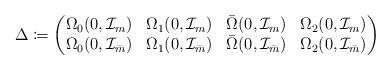
LaTeX: \begin{align*}\Delta \coloneqq \begin{pmatrix} \Omega_0 (0 , \mathcal{I}_m) & \Omega_1 (0 , \mathcal{I}_m) & \bar{\Omega} (0 , \mathcal{I}_m) & \Omega_2 (0 , \mathcal{I}_m) \\\Omega_0 (0 , \mathcal{I}_{\bar{m}}) & \Omega_1 (0 , \mathcal{I}_{\bar{m}}) & \bar{\Omega} (0 , \mathcal{I}_{\bar{m}}) & \Omega_2 (0 , \mathcal{I}_{\bar{m}})\end{pmatrix}\end{align*}